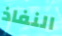
النفاذ